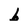
Character: b